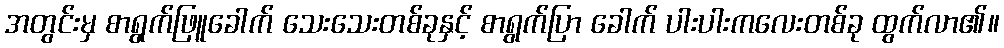
အတွင်းမှ စာရွက်ဖြူခေါက် သေးသေးတစ်ခုနှင့် စာရွက်ပြာ ခေါက် ပါးပါးကလေးတစ်ခု ထွက်လာ၏။